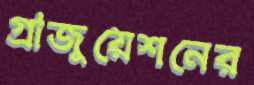
গ্রাজুয়েশনের